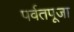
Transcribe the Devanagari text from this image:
पर्वतपूजा